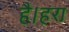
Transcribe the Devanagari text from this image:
है।हरा